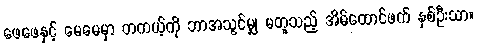
ဖေဖေနှင့် မေမေမှာ တကယ့်ကို ဘာအသွင်မျှ မတူသည့် အိမ်ထောင်ဖက် နှစ်ဦးသာ။